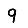
Digit: 9